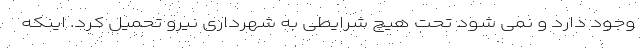
وجود دارد و نمی شود تحت هیچ شرایطی به شهرداری نیرو تحمیل کرد. اینکه